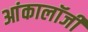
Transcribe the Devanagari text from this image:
आंकालॉजी